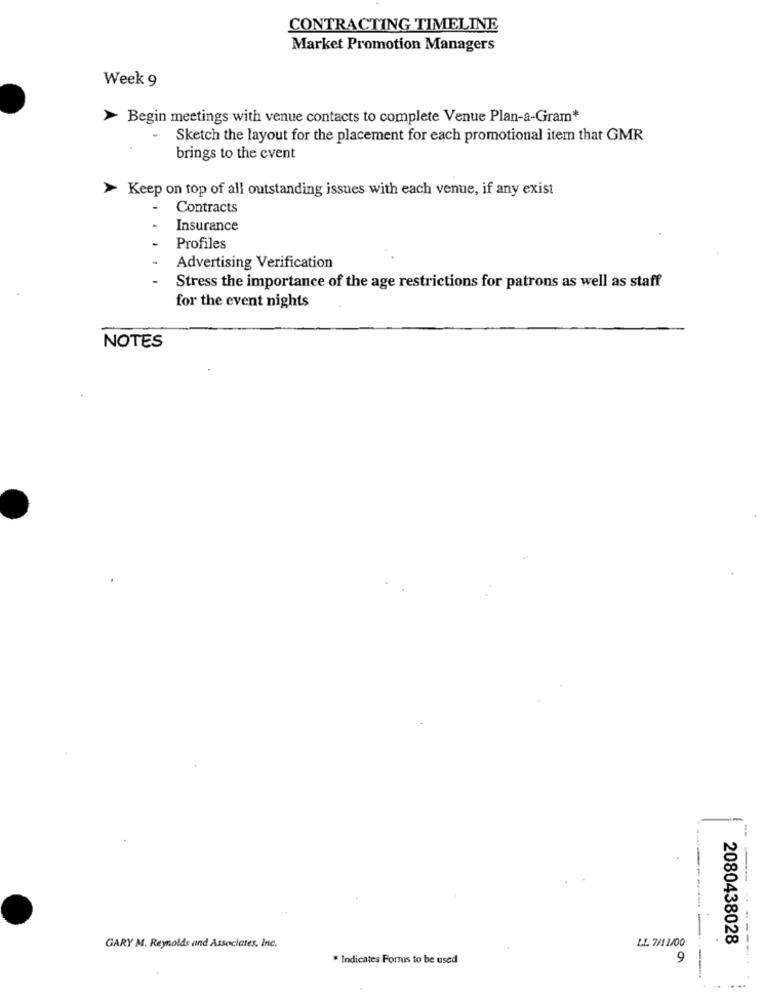
CONTRACTING TIMELINE
Market Promotion Managers
Week 9
> Begin meetings with venue contacts to complete Venue Plan-a-Gram*
Sketch the layout for the placement for each promotional item that GMR
brings to the event
> Keep on top of all outstanding issues with each venue, if any exist
Contracts
Insurance
-
Profiles
Advertising Verification
Stress the importance of the age restrictions for patrons as well as staff
for the event nights
NOTES
LL 7/1 1/00
2080438028
---.
GARY M. Reynolds and Associates, Inc.
* Indicates Forms to be used
9